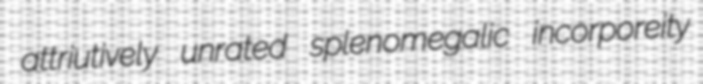
attriutively unrated splenomegalic incorporeity